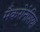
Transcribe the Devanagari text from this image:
मैकरोनेशिया